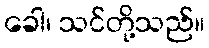
ခေါ၊ သင်တို့သည်။